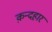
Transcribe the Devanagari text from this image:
क़न्दहार